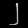
Digit: ၂